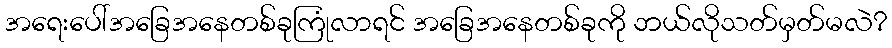
အရေးပေါ်အခြေအနေတစ်ခုကြုံလာရင် အခြေအနေတစ်ခုကို ဘယ်လိုသတ်မှတ်မလဲ?